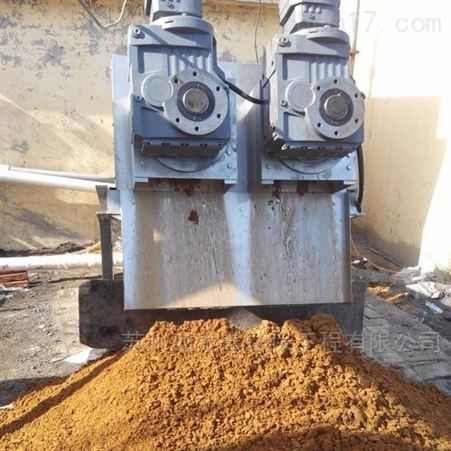
人之生利也，然且犹尚有节葬埋者，人之死利也，夫何独无节于此乎。